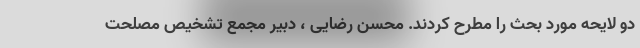
دو لایحه مورد بحث را مطرح کردند. محسن رضایی ، دبیر مجمع تشخیص مصلحت